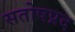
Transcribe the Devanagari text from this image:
सतोषप्रद